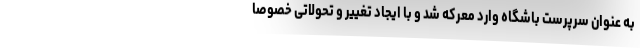
به عنوان سرپرست باشگاه وارد معرکه شد و با ایجاد تغییر و تحولاتی خصوصا